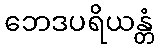
ဘေဒပရိယန္တံ